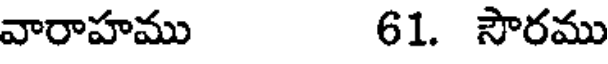
వారాహము 61. సౌరము